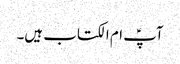
آپؑ ام الکتاب ہیں۔